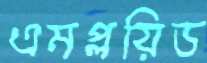
এমপ্লয়িড